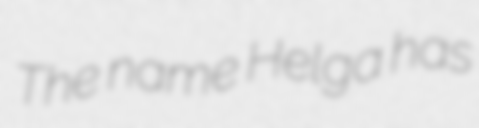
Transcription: The name Helga has